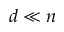
d \ll n